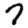
Digit: 7